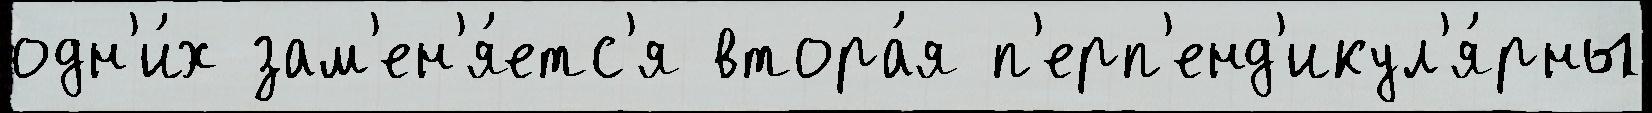
одн'и́х зам'ен'я́етс'я втора́я п'ерп'енд'икул'я́рны